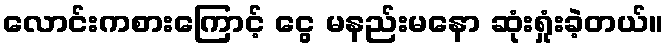
လောင်းကစားကြောင့် ငွေ မနည်းမနော ဆုံးရှုံးခဲ့တယ်။